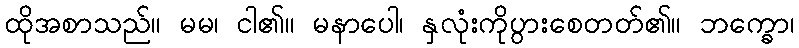
ထိုအစာသည်။ မမ၊ ငါ၏။ မနာပေါ၊ နှလုံးကိုပွားစေတတ်၏။ ဘက္ခော၊